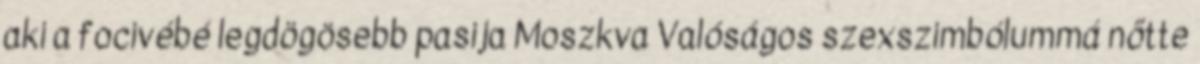
aki a focivébé legdögösebb pasija Moszkva Valóságos szexszimbólummá nőtte